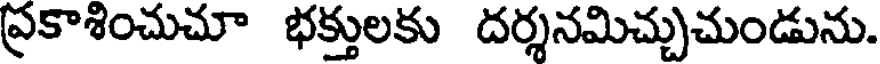
ప్రకాశించుచూ భక్తులకు దర్శనమిచ్చుచుండును.